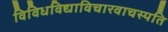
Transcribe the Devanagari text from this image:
विविधविद्याविचारवाचस्पति